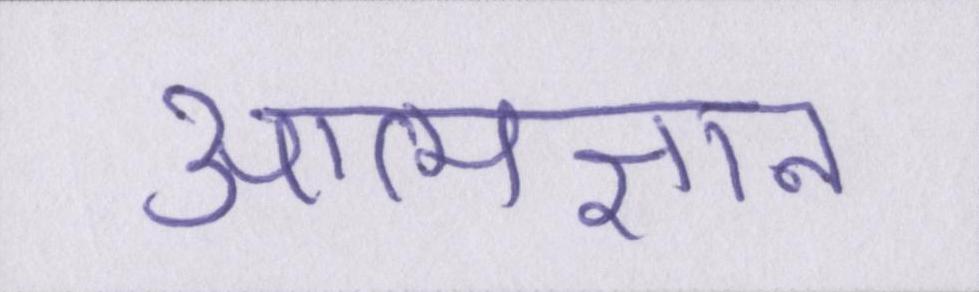
आत्मज्ञान